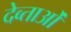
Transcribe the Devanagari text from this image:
देव्ताओं